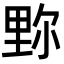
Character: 𨤧